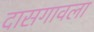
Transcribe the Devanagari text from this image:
दासगावला